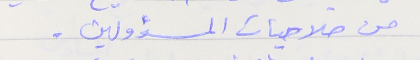
من صلاحيات المسؤولين .